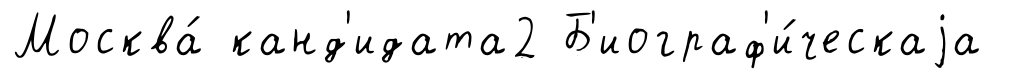
Москва́ канд'идата2 Б'иограф'и́ческаjа